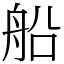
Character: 船